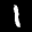
Label: 1